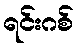
ရင်းဂစ်